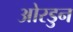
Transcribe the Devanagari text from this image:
ओरडुन